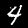
Digit: 4